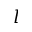
l